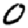
Digit: 0